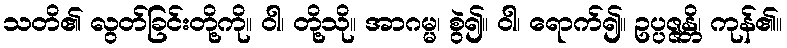
သတိ၏ လွတ်ခြင်းတို့ကို။ ဝါ၊ တို့သို။ အာဂမ္မ၊ စွဲ၍။ ဝါ၊ ရောက်၍။ ဥပ္ပဇ္ဇန္တိ၊ ကုန်၏။